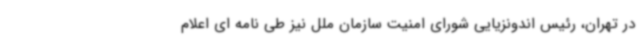
در تهران، رئیس اندونزیایی شورای امنیت سازمان ملل نیز طی نامه ای اعلام